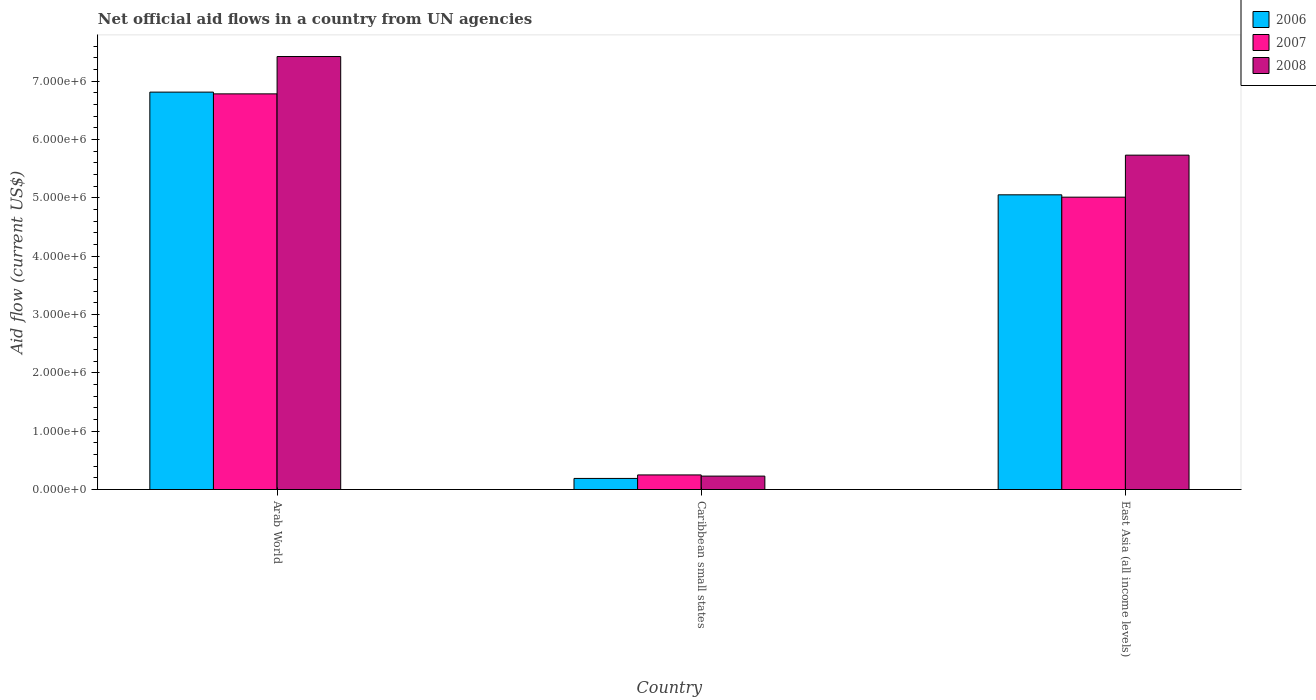
| Country | 2006 | 2007 | 2008 |
 | --- | --- | --- | --- |
 | Arab World | 6.81e+06 | 6.78e+06 | 7.42e+06 |
 | Caribbean small states | 1.9e+05 | 2.5e+05 | 2.3e+05 |
 | East Asia (all income levels) | 5.05e+06 | 5.01e+06 | 5.73e+06 |